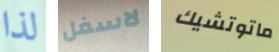
لذا لاسفل ماتوتشيك